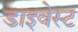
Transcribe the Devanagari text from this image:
डाइवेस्ट